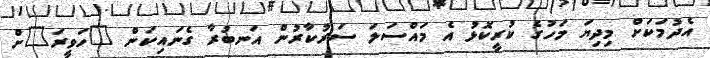
އެދުމަކަށް މިދިޔަ މަހުގެ ކުރީކޮޅު އެ މައްސަލަ ސަރުކާރުން އަނބުރާ ގެނައިކަން "ހަވީރަ"ށް